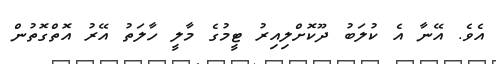
އެވެ. އޭނާ އެ ކުލަބު ދޫކޮށްލިއިރު ޓީމުގެ މާލީ ހާލަތު އޭރު އޮތްގޮތުން